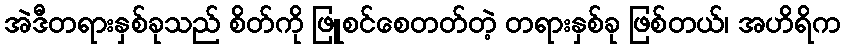
အဲဒီတရားနှစ်ခုသည် စိတ်ကို ဖြူစင်စေတတ်တဲ့ တရားနှစ်ခု ဖြစ်တယ်၊ အဟိရိက